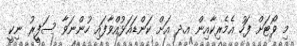
މި ވޯޓަށް ފަހު އެމެރިކާއިން އ.ދ އަށް ކަންޑައަޅުއްވާފައި ހުންނަވާ ސަފީރު ނިކީ